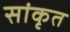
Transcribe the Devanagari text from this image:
सांकृत